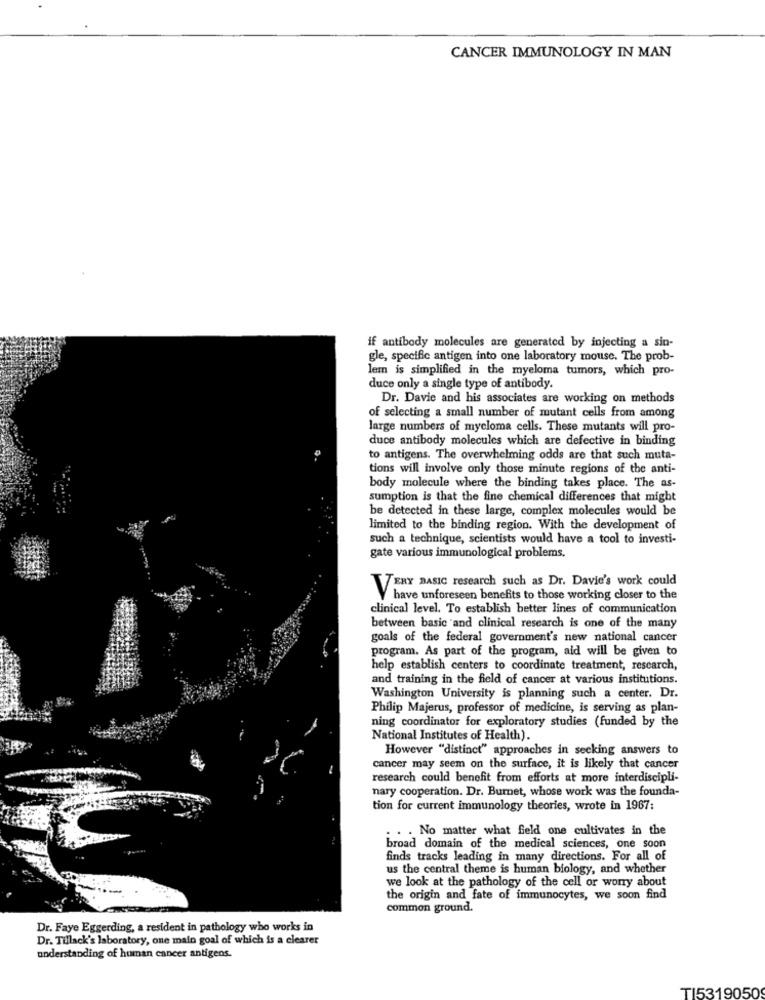
CANCER IMMUNOLOGY IN MAN
if antibody molecules are generated by injecting a sin-
gle, specific antigen into one laboratory mouse. The prob-
lem is simplified in the myeloma tumors, which pro-
duce only a single type of antibody.
Dr. Davie and his associates are working on methods
of selecting a small number of mutant cells from among
large numbers of myeloma cells. These mutants will pro-
duce antibody molecules which are defective in binding
to antigens. The overwhelming odds are that such muta-
tions will involve only those minute regions of the anti-
body molecule where the binding takes place. The as-
sumption is that the fine chemical differences that might
be detected in these large, complex molecules would be
limited to the binding region. With the development of
such a technique, scientists would have a tool to investi-
gate various immunological problems.
VERY BASIC research such as Dr. Davic's work could
have unforeseen benefits to those working closer to the
clinical level. To establish better lines of communication
between basic and clinical research is one of the many
goals of the federal government's new national cancer
program. As part of the program, aid will be given to
help establish centers to coordinate treatment, research,
and training in the field of cancer at various institutions.
Washington University is planning such a center. Dr.
Philip Majerus, professor of medicine, is serving as plan-
ning coordinator for exploratory studies (funded by the
National Institutes of Health).
However "distinct" approaches in seeking answers to
cancer may seem on the surface, it is likely that cancer
research could benefit from efforts at more interdiscipli-
nary cooperation. Dr. Burnet, whose work was the founda-
tion for current immunology theories, wrote in 1967:
. . . No matter what field one cultivates in the
broad domain of the medical sciences, one soon
finds tracks leading in many directions. For all of
us the central theme is human biology, and whether
we look at the pathology of the cell or worry about
the origin and fate of immunocytes, we soon find
common ground.
Dr. Faye Eggerding, a resident in pathology who works in
Dr. Tillack's laboratory, one main goal of which is a clearer
understanding of human cancer antigens.
TI5319050